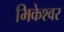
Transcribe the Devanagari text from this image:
भिकेश्वर